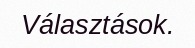
Választások.